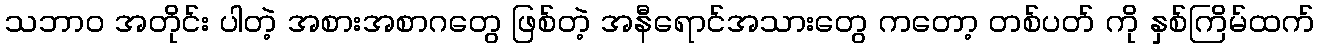
သဘာဝ အတိုင်း ပါတဲ့ အစားအစာဂတွေ ဖြစ်တဲ့ အနီရောင်အသားတွေ ကတော့ တစ်ပတ် ကို နှစ်ကြိမ်ထက်